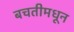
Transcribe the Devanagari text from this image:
बचतीमधून